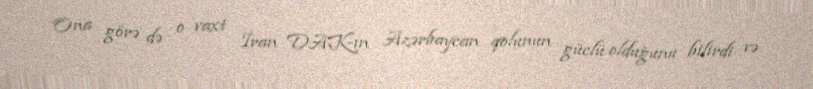
Ona görə də o vaxt İran DAK-ın Azərbaycan qolunun güclü olduğunu bilirdi və